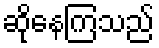
ဆိုနေကြသည်